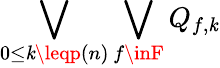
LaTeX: \bigvee_{0\leq\mathit{k}\leqp(n)}\bigvee_{f\inF}Q_{f,\mathit{k}}